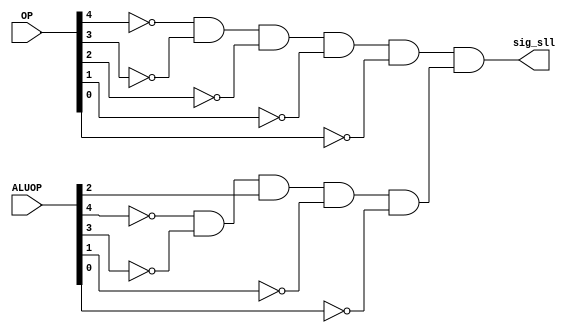
module min_sll(OP, ALUOP, sig_sll);
	// min stands for Minterms
	// here we got just one term: sig_sll = OP[0]' AND OP[1]' AND ...
	input [4:0] OP, ALUOP;
	output sig_sll;
	
	wire op_and, aluop_and;
	and myOP_and (op_and, ~OP[4], ~OP[3], ~OP[2], ~OP[1], ~OP[0]);
	and myALUOP_and (aluop_and, ~ALUOP[4], ~ALUOP[3], ALUOP[2], ~ALUOP[1], ~ALUOP[0]);
	
	and final (sig_sll, op_and, aluop_and);
	
endmodule